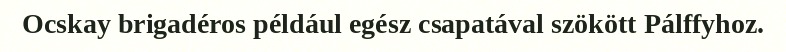
Ocskay brigadéros például egész csapatával szökött Pálffyhoz.